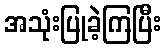
အသုံးပြုခဲ့ကြပြီး